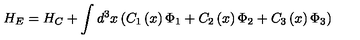
H _ { E } = H _ { C } + \int d ^ { 3 } x \left( C _ { 1 } \left( x \right) \Phi _ { 1 } + C _ { 2 } \left( x \right) \Phi _ { 2 } + C _ { 3 } \left( x \right) \Phi _ { 3 } \right)